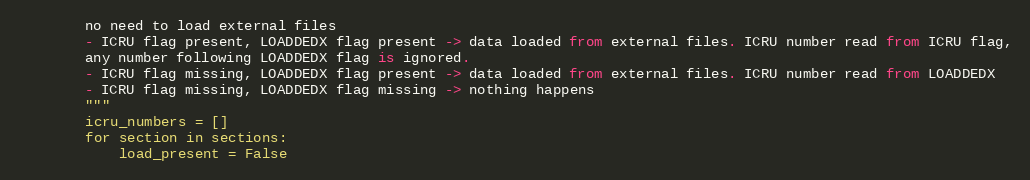
Language: Python
        no need to load external files
        - ICRU flag present, LOADDEDX flag present -> data loaded from external files. ICRU number read from ICRU flag,
        any number following LOADDEDX flag is ignored.
        - ICRU flag missing, LOADDEDX flag present -> data loaded from external files. ICRU number read from LOADDEDX
        - ICRU flag missing, LOADDEDX flag missing -> nothing happens
        """
        icru_numbers = []
        for section in sections:
            load_present = False